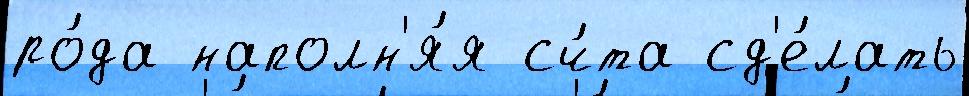
ро́да наполн'я́я сч́та сд'е́лать